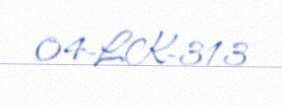
04-LK-313